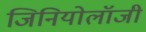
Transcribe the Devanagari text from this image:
जिनियोलॉजी